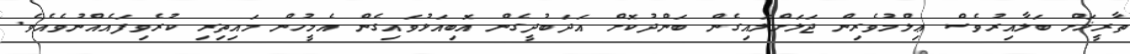
ތާރީޚަށް ބަލާއިރުވެސް ޢިލްމުވެރިން ޖަލަށްލައިގެން ބަންދުކޮށް އަދަބުދީގެން އޮބިއަޅުވައިގެން އެމީހުން މައިތިރި ކުރެވިފައެއްނުވެއެވެ.